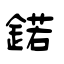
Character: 鍩